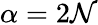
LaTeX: \alpha=2\mathcal{N}